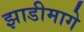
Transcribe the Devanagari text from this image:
झाडीमागे